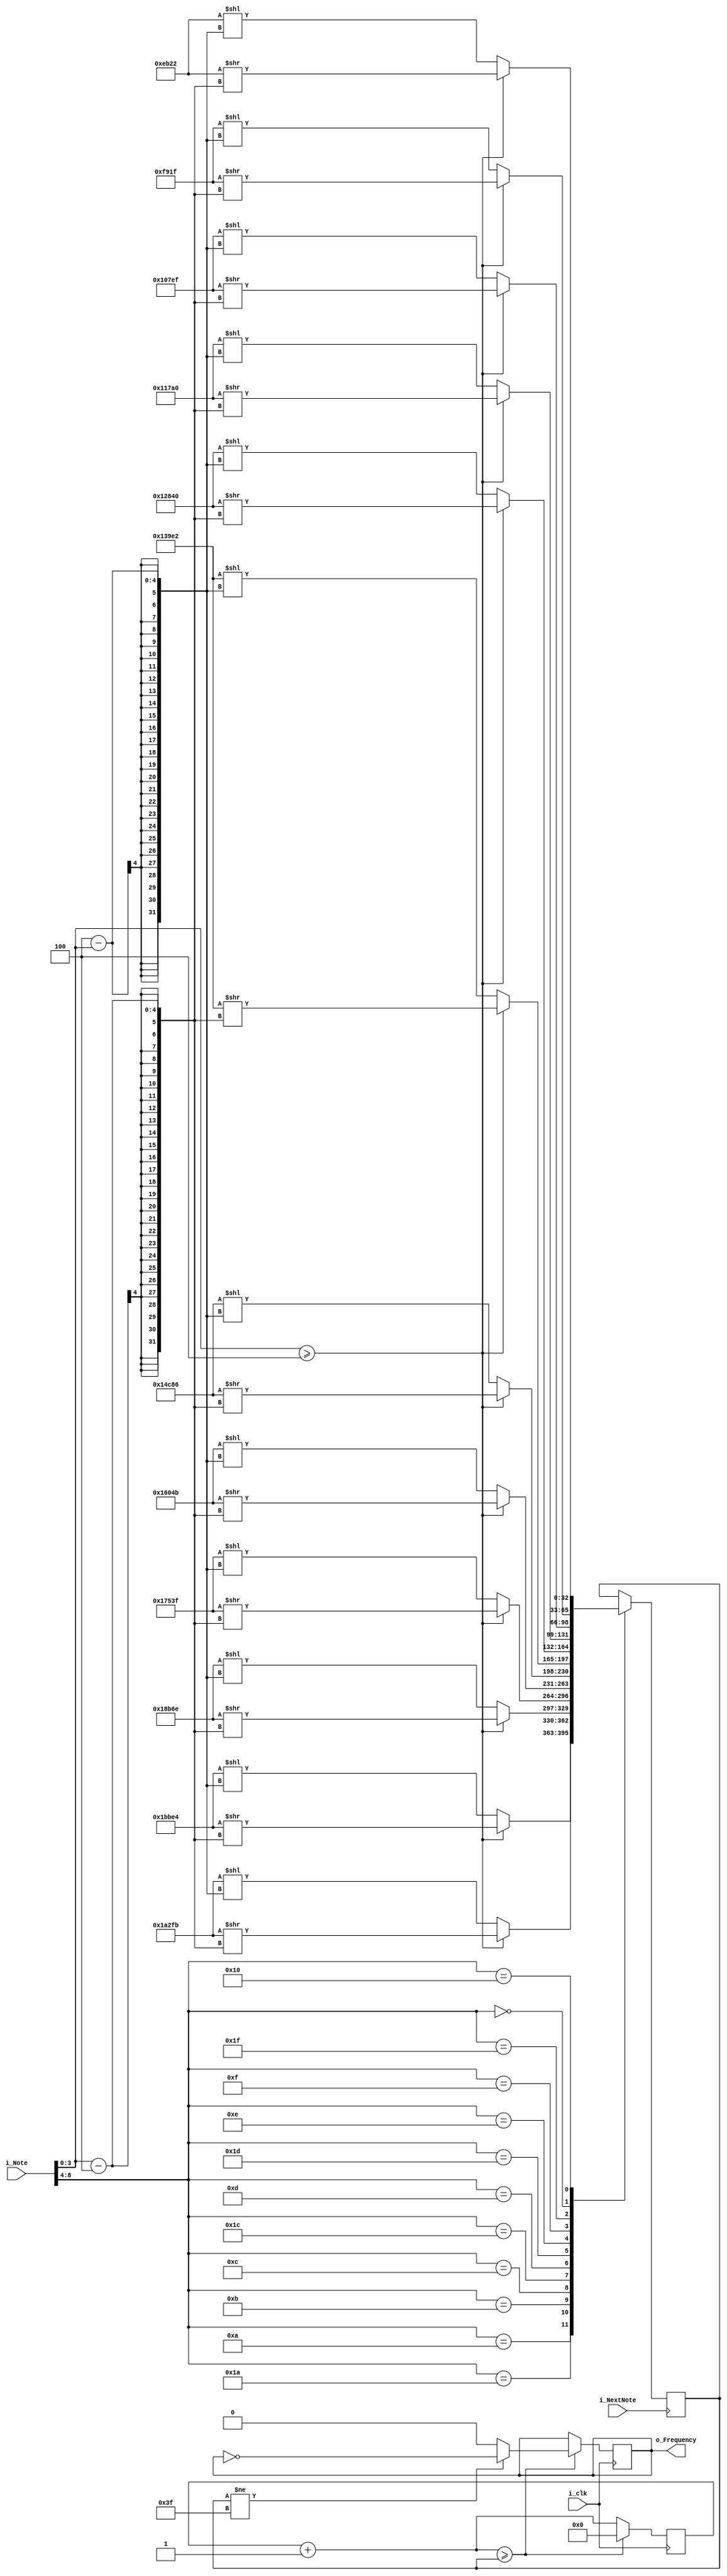
`timescale 1ns / 1ps
//////////////////////////////////////////////////////////////////////////////////
// Company: 
// Engineer: 
// 
// Design Name: 
// Module Name:    8-BitMusic 
// Project Name: 
// Target Devices: 
// Tool versions: 
// Description: 
//
// Dependencies: 
//
// Revision: 
// Revision 0.01 - File Created
// Additional Comments: 
//
//////////////////////////////////////////////////////////////////////////////////
module EightBitMusic(
	input i_clk,
	input i_NextNote,
	input[8:0] i_Note,
	output reg o_Frequency
    );
	 
	//	In i_Note value should be {#(1) / 0, Note, Octaves}
	 
	// Constan for counter 
	localparam A4			= 113636;
	localparam A4_Sharp	= 107259;
	localparam B4			= 101230;
	localparam C4			=  95551;
	localparam C4_Sharp	=  90187;
	localparam D4			=  85126;
	localparam D4_Sharp	=  80354;
	localparam E4			=  75840;
	localparam F4			=  71584;
	localparam F4_Sharp	=  67567;
	localparam G4			=  63775;
	localparam G4_Sharp	=  60194;

	reg[32:0] r_Delay = 'b0;
	reg[32:0] r_Border = 'b0;
	

	always @(posedge i_clk)
		begin
			r_Delay = r_Delay + 1;
			
			if (r_Delay >= r_Border)
				begin
					o_Frequency <= r_Border != 'b111111 ? ~o_Frequency : 'b0;
					r_Delay = 'b0;
				end
		end

	always @(posedge i_NextNote)
		begin
			case (i_Note[8:4])
				'h0A:	r_Border = i_Note[3:0] >= 'h04 ? A4 >> (i_Note[3:0] - 'h04) : A4 << ('h04 - i_Note[3:0]);
				'h1A:	r_Border = i_Note[3:0] >= 'h04 ? A4_Sharp >> (i_Note[3:0] - 'h04) : A4_Sharp << ('h04 - i_Note[3:0]);
				'h0B:	r_Border = i_Note[3:0] >= 'h04 ? B4 >> (i_Note[3:0] - 'h04) : B4 << ('h04 - i_Note[3:0]);
				'h0C:	r_Border = i_Note[3:0] >= 'h04 ? C4 >> (i_Note[3:0] - 'h04) : C4 << ('h04 - i_Note[3:0]);
				'h1C:	r_Border = i_Note[3:0] >= 'h04 ? C4_Sharp >> (i_Note[3:0] - 'h04) : C4_Sharp << ('h04 - i_Note[3:0]);
				'h0D:	r_Border = i_Note[3:0] >= 'h04 ? D4 >> (i_Note[3:0] - 'h04) : D4 << ('h04 - i_Note[3:0]);
				'h1D:	r_Border = i_Note[3:0] >= 'h04 ? D4_Sharp >> (i_Note[3:0] - 'h04) : D4_Sharp << ('h04 - i_Note[3:0]);
				'h0E:	r_Border = i_Note[3:0] >= 'h04 ? E4 >> (i_Note[3:0] - 'h04) : E4 << ('h04 - i_Note[3:0]);
				'h0F:	r_Border = i_Note[3:0] >= 'h04 ? F4 >> (i_Note[3:0] - 'h04) : F4 << ('h04 - i_Note[3:0]);
				'h1F:	r_Border = i_Note[3:0] >= 'h04 ? F4_Sharp >> (i_Note[3:0] - 'h04) : F4_Sharp << ('h04 - i_Note[3:0]);
				
				// Below is Note - G and G#
				'h00:	r_Border = i_Note[3:0] >= 'h04 ? G4 >> (i_Note[3:0] - 'h04) : G4 << ('h04 - i_Note[3:0]);
				'h10:	r_Border = i_Note[3:0] >= 'h04 ? G4_Sharp >> (i_Note[3:0] - 'h04) : G4_Sharp << ('h04 - i_Note[3:0]);
			endcase
			
		end

endmodule